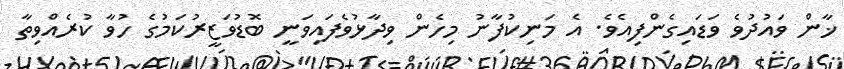
ޚާން ވައުދުވެ ވަޑައިގެންފިއެވެ. އެ މަނިކުފާނު މިހެން ވިދާޅުވެފައިވަނީ ބޮޑުވަޒީރުކަމުގެ ހުވާ ކުރެއްވިތާ